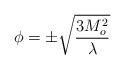
LaTeX: \begin{align*}\phi = \pm{\sqrt{ {{3 M_o^2} \over \lambda}}}\end{align*}